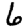
Digit: 6